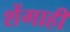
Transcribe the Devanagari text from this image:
शेंगाही